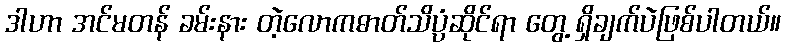
ဒါဟာ အင်မတန် ခမ်းနား တဲ့လောကဓာတ်သိပ္ပံဆိုင်ရာ တွေ့ ရှိချက်ပဲဖြစ်ပါတယ်။